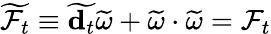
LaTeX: \widetilde{{\cal F}_{t}}\equiv\widetilde{{\mathbf d}_{t}}\widetilde{\omega}+\widetilde{\omega}\cdot\widetilde{\omega}={\cal F}_{t}